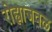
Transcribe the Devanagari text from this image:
रोह्याजवळ